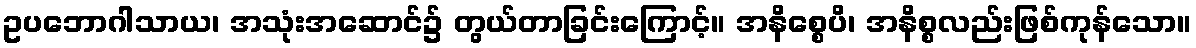
ဥပဘောဂါသာယ၊ အသုံးအဆောင်၌ တွယ်တာခြင်းကြောင့်။ အနိစ္စေပိ၊ အနိစ္စလည်းဖြစ်ကုန်သော။